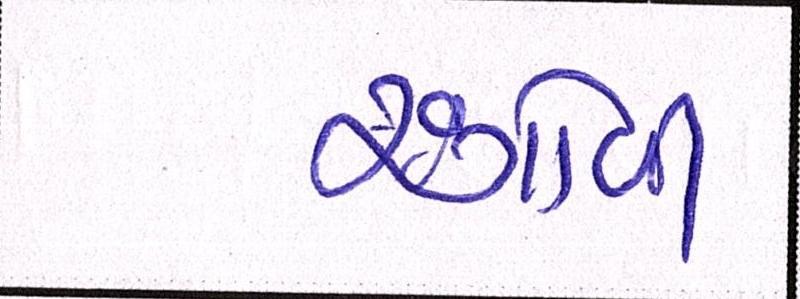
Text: રંગોળી